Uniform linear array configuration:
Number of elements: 64
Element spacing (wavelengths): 0.25
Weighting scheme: hamming
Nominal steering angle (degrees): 30
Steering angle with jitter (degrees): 28.522
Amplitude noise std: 0.05
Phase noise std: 0.05

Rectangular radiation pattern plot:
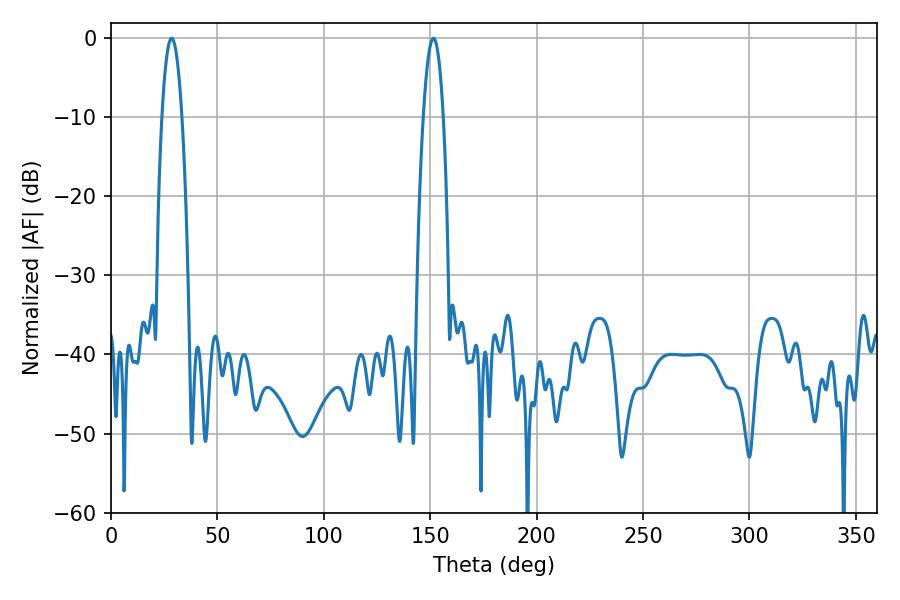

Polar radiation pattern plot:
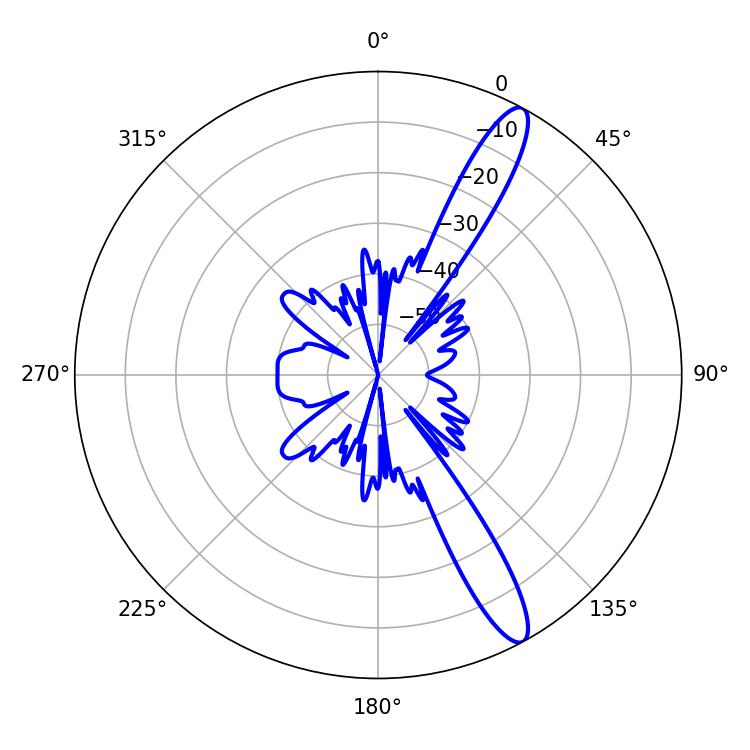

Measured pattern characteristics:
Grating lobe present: FALSE
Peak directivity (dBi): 13.312
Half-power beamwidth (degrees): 5.22
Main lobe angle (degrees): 28.44